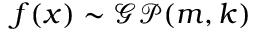
f ( x ) \sim { \mathcal { G P } } ( m , k )